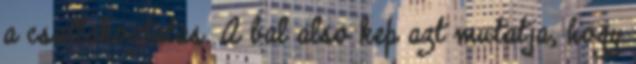
a csatlakoztatas. A bal also kep azt mutatja, hogy